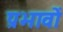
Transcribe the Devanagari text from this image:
प्रभावोें